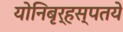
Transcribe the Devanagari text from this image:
योनिबृर्हस्पतये